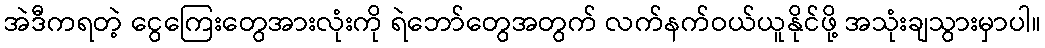
အဲဒီကရတဲ့ ငွေကြေးတွေအားလုံးကို ရဲဘော်တွေအတွက် လက်နက်ဝယ်ယူနိုင်ဖို့ အသုံးချသွားမှာပါ။